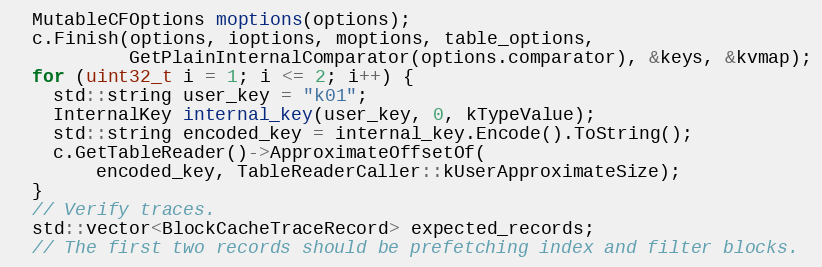
Language: C++
  MutableCFOptions moptions(options);
  c.Finish(options, ioptions, moptions, table_options,
           GetPlainInternalComparator(options.comparator), &keys, &kvmap);
  for (uint32_t i = 1; i <= 2; i++) {
    std::string user_key = "k01";
    InternalKey internal_key(user_key, 0, kTypeValue);
    std::string encoded_key = internal_key.Encode().ToString();
    c.GetTableReader()->ApproximateOffsetOf(
        encoded_key, TableReaderCaller::kUserApproximateSize);
  }
  // Verify traces.
  std::vector<BlockCacheTraceRecord> expected_records;
  // The first two records should be prefetching index and filter blocks.